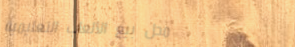
محل بيع الألعاب التعليمية